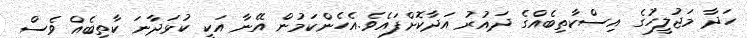
ހަދާ މަޖުލީހުގެ އިސްކާތިބެއްގެ ދައުރު އަދާކޮށްފައެވެ.އެހެންކަމުން އޭނާ އަކީ ކުޅަދާނަ ކާތިބެއް ވެސް